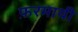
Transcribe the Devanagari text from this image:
फ़रमायी